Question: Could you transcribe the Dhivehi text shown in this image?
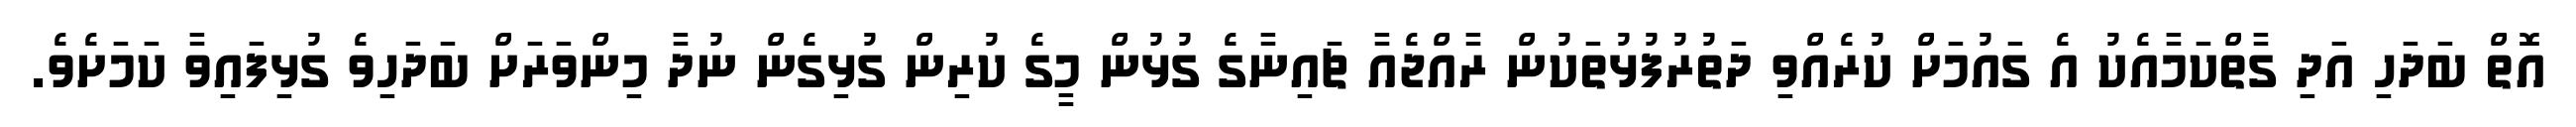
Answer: އޮތް ބަދަހި އަދި ގާތްކަމާއެކު އެ ގައުމަށް ކުރެއްވި ދަތުރުފުޅުތަކުން ރާއްޖެއާ ޗައިނާގެ ގުޅުން މީގެ ކުރިން ގުޅިގެން ނުދާ މިންވަރަށް ބަދަހިވެ ގުޅިފައިވާ ކަމަށެވެ.